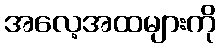
အလေ့အထများကို